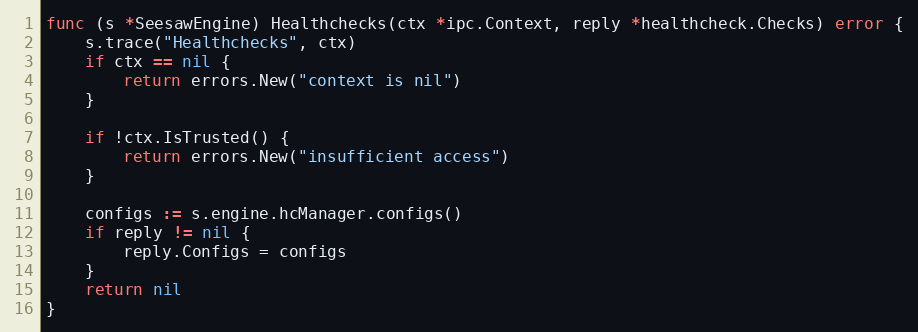
Language: Go
func (s *SeesawEngine) Healthchecks(ctx *ipc.Context, reply *healthcheck.Checks) error {
	s.trace("Healthchecks", ctx)
	if ctx == nil {
		return errors.New("context is nil")
	}

	if !ctx.IsTrusted() {
		return errors.New("insufficient access")
	}

	configs := s.engine.hcManager.configs()
	if reply != nil {
		reply.Configs = configs
	}
	return nil
}